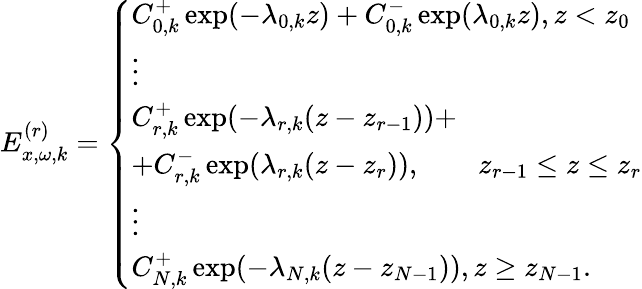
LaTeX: E_{x,\omega,k}^{(r)}=\left\{ \begin{array}{l}{C_{0,k}^{+}\exp(-\lambda_{0,k}z)+C_{0,k}^{-}\exp(\lambda_{0,k}z),z<z_{0}}\\ {\vdots}\\ {C_{r,k}^{+}\exp(-\lambda_{r,k}(z-z_{r-1}))+}\\ {+C_{r,k}^{-}\exp(\lambda_{r,k}(z-z_{r})),\quad\quad z_{r-1}\leq z\leq z_{r}}\\ {\vdots}\\ {C_{N,k}^{+}\exp(-\lambda_{N,k}(z-z_{N-1})),z\geq z_{N-1}.}\end{array}\right.